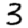
Digit: 3